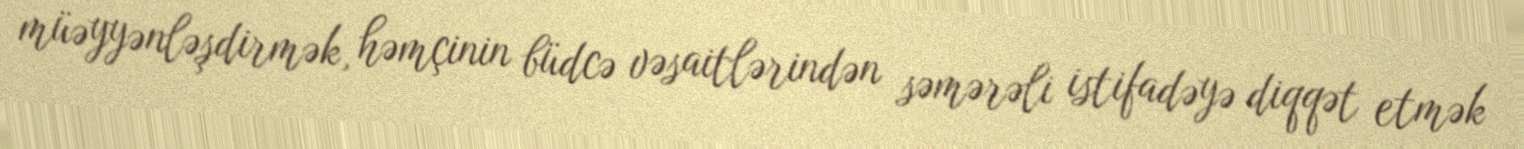
müəyyənləşdirmək, həmçinin büdcə vəsaitlərindən səmərəli istifadəyə diqqət etmək